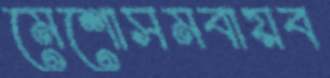
মেশোসমবায়ব